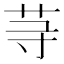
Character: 䒭